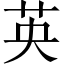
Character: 英